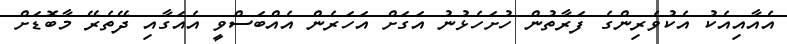
އެއާއިއެކު އެކުވެރިންގެ ފަރާތުން ހުށަހެޅުނު އަގަށް އަހަރެން އެއްބަސްވީ އެއަގާއި ދޭތެރޭ މާބޮޑަށް